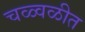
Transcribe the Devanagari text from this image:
चळ्वळीत